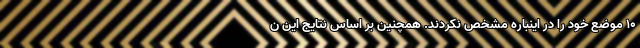
۱۰ موضع خود را در اینباره مشخص نکردند. همچنین بر اساس نتایج این ن